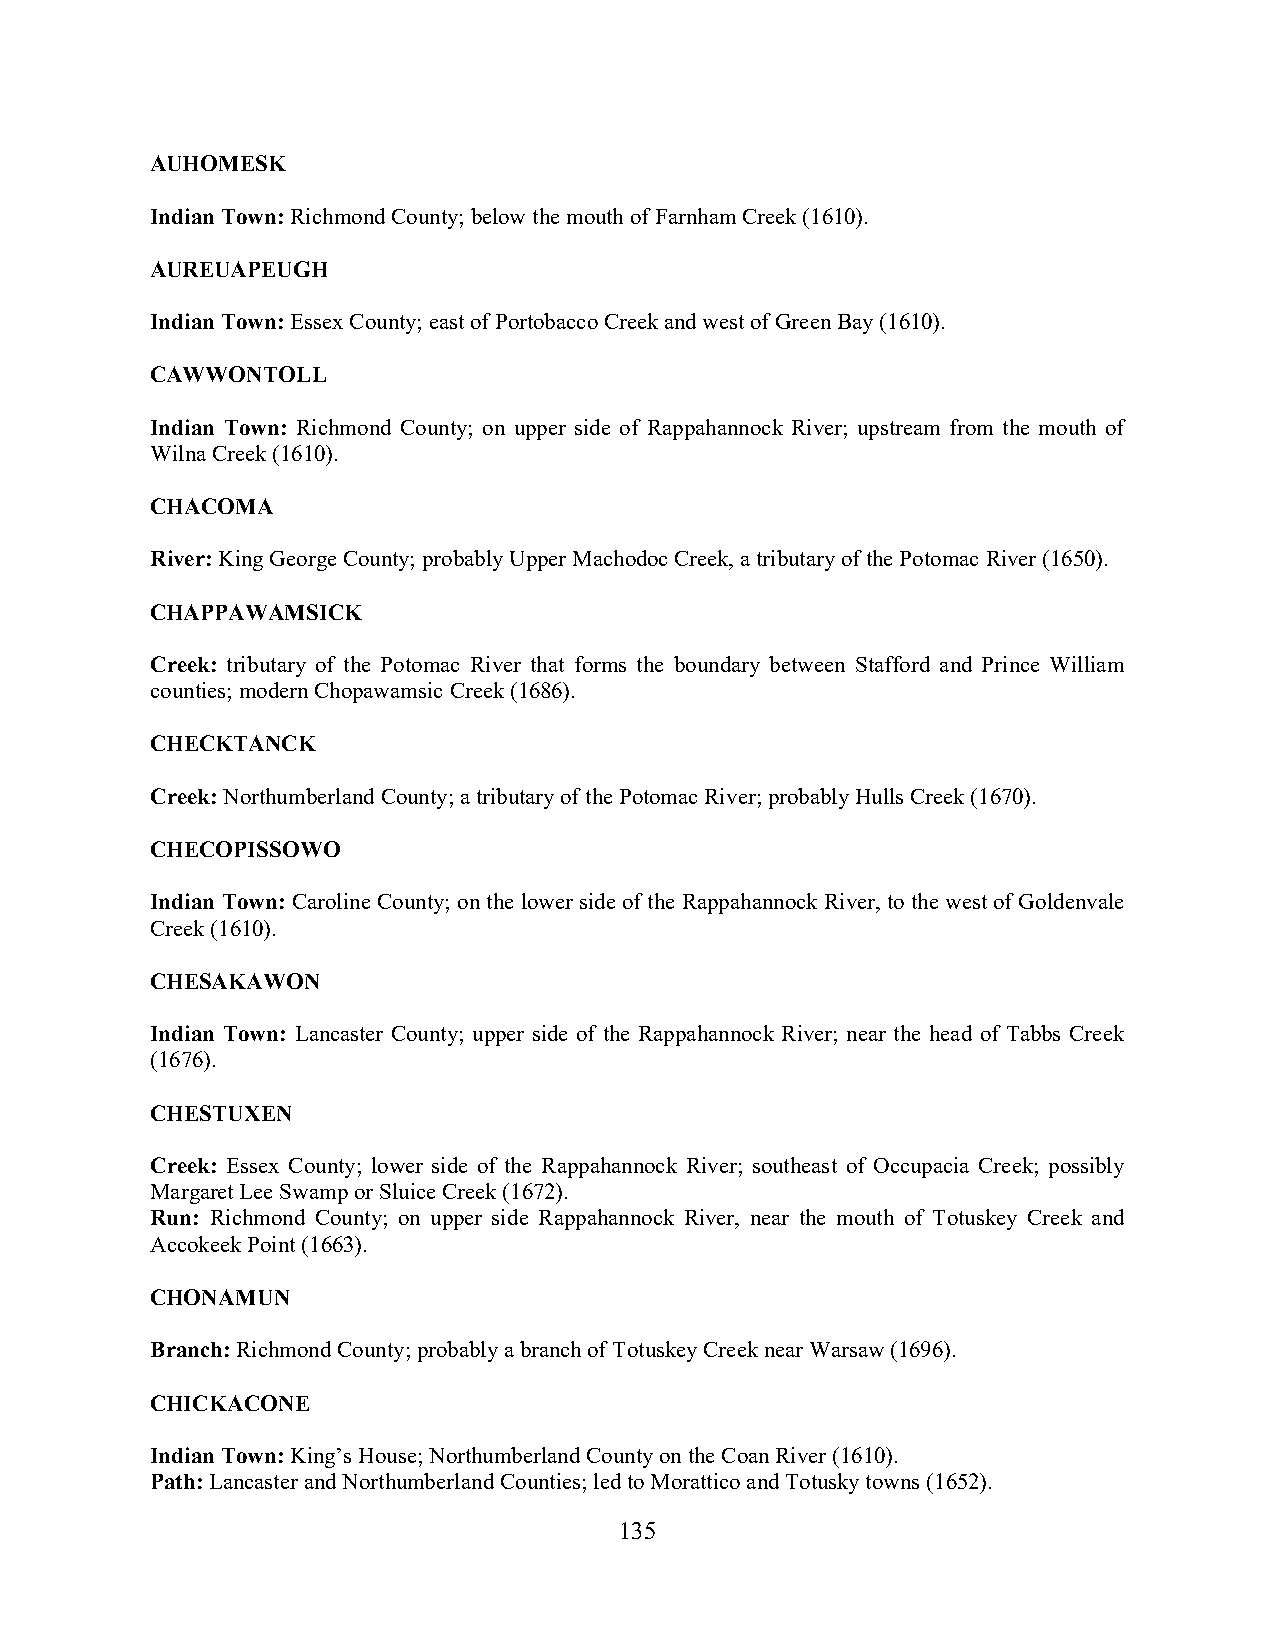
AUHOMESK
 Indian Town: Richmond County; below the mouth of Farnham Creek (1610).
 AUREUAPEUGH
 Indian Town: Essex County; east of Portobacco Creek and west of Green Bay (1610).
 CAWWONTOLL
 Indian Town: Richmond County; on upper side of Rappahannock River; upstream from the mouth of
 Wilna Creek (1610).
 CHACOMA
 River: King George County; probably Upper Machodoc Creek, a tributary of the Potomac River (1650).
 CHAPPAWAMSICK
 Creek: tributary of the Potomac River that forms the boundary between Stafford and Prince William
 counties; modern Chopawamsic Creek (1686).
 CHECKTANCK
 Creek: Northumberland County; a tributary of the Potomac River; probably Hulls Creek (1670).
 CHECOPISSOWO
 Indian Town: Caroline County; on the lower side of the Rappahannock River, to the west of Goldenvale
 Creek (1610).
 CHESAKAWON
 Indian Town: Lancaster County; upper side of the Rappahannock River; near the head of Tabbs Creek
 (1676).
 CHESTUXEN
 Creek: Essex County; lower side of the Rappahannock River; southeast of Occupacia Creek; possibly
 Margaret Lee Swamp or Sluice Creek (1672).
 Run: Richmond County; on upper side Rappahannock River, near the mouth of Totuskey Creek and
 Accokeek Point (1663).
 CHONAMUN
 Branch: Richmond County; probably a branch of Totuskey Creek near Warsaw (1696).
 CHICKACONE
 Indian Town: King’s House; Northumberland County on the Coan River (1610).
 Path: Lancaster and Northumberland Counties; led to Morattico and Totusky towns (1652).
 135